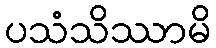
ပသံသိဿာမိ